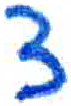
אות: צ